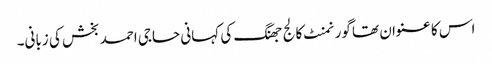
اس کا عنوان تھا گورنمنٹ کالج جھنگ کی کہانی حاجی احمد بخش کی زبانی۔